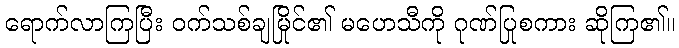
ရောက်လာကြပြီး ဝက်သစ်ချမြိုင်၏ မဟေသီကို ဂုဏ်ပြုစကား ဆိုကြ၏။